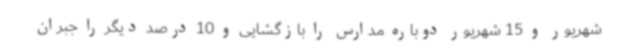
شهریور و 15 شهریور دوباره مدارس را بازگشایی و 10 درصد دیگر را جبران